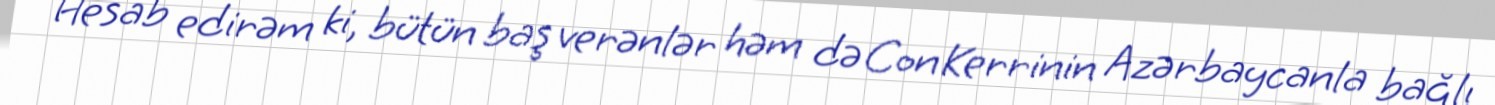
Hesab edirəm ki, bütün baş verənlər həm də Con Kerrinin Azərbaycanla bağlı